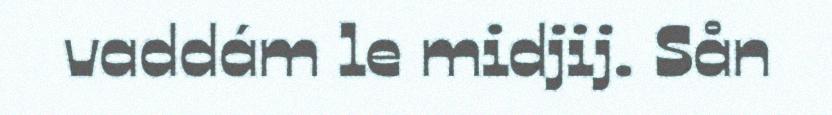
vaddám le midjij. Sån